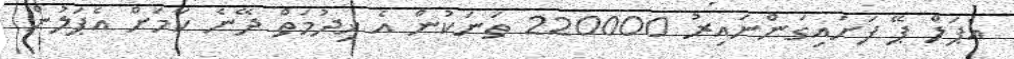
އެޕަލް ޕޭ ފަށައިގަންނައިރު 220000 ތަނަކުން އެ ޚިދުމަތް ދޭނެ ކަމަށް އެޕަލުން